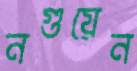
নগুয়েন